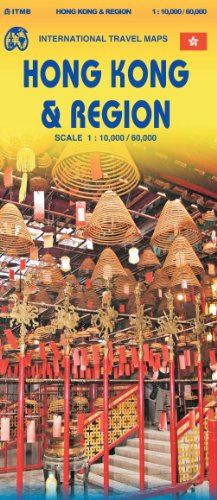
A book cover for Hong Kong & Region 1:10,000/1:60,000 Travel Reference Map (International Travel Maps); ITMB Publishing LTD; Travel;